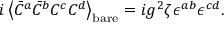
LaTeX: i \left< \bar { C } ^ { a } \bar { C } ^ { b } C ^ { c } C ^ { d } \right> _ { \mathrm { b a r e } } = i g ^ { 2 } \zeta \epsilon ^ { a b } \epsilon ^ { c d } .